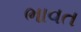
ભાવત